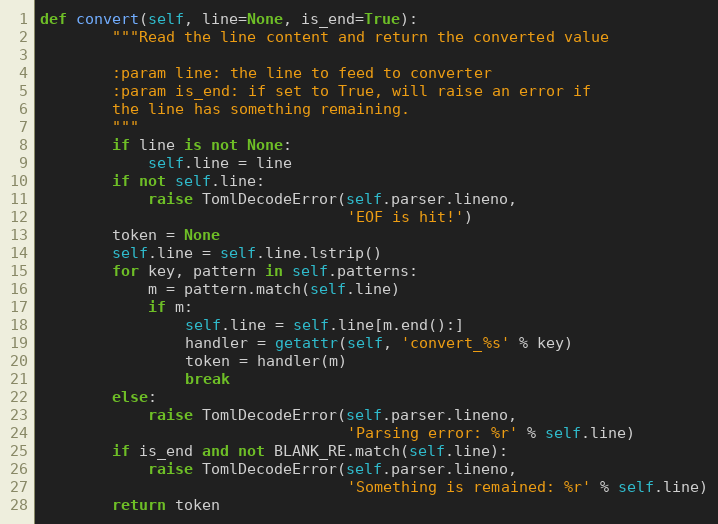
Language: Python
def convert(self, line=None, is_end=True):
        """Read the line content and return the converted value

        :param line: the line to feed to converter
        :param is_end: if set to True, will raise an error if
        the line has something remaining.
        """
        if line is not None:
            self.line = line
        if not self.line:
            raise TomlDecodeError(self.parser.lineno,
                                  'EOF is hit!')
        token = None
        self.line = self.line.lstrip()
        for key, pattern in self.patterns:
            m = pattern.match(self.line)
            if m:
                self.line = self.line[m.end():]
                handler = getattr(self, 'convert_%s' % key)
                token = handler(m)
                break
        else:
            raise TomlDecodeError(self.parser.lineno,
                                  'Parsing error: %r' % self.line)
        if is_end and not BLANK_RE.match(self.line):
            raise TomlDecodeError(self.parser.lineno,
                                  'Something is remained: %r' % self.line)
        return token